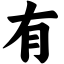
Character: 有